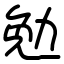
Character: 勉